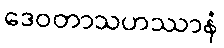
ဒေဝတာသဟဿာနံ